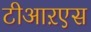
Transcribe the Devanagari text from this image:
टीआऱएस